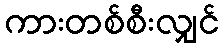
ကားတစ်စီးလျှင်